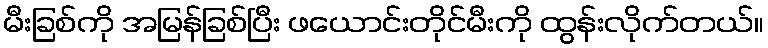
မီးခြစ်ကို အမြန်ခြစ်ပြီး ဖယောင်းတိုင်မီးကို ထွန်းလိုက်တယ်။